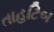
તાહટિબ